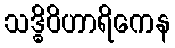
သဒ္ဓိဝိဟာရိကေန